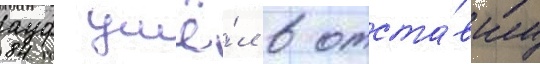
ауф ушё́л в отста́вку